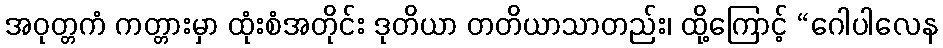
အဝုတ္တကံ ကတ္တားမှာ ထုံးစံအတိုင်း ဒုတိယာ တတိယာသာတည်း၊ ထို့ကြောင့် “ဂေါပါလေန